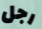
رجل